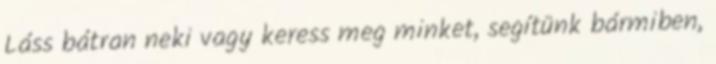
Láss bátran neki vagy keress meg minket, segítünk bármiben,